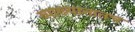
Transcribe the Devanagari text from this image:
व्याख्यानातच